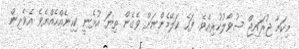
މިކަމާ ޖުރައިޖް ސުވާލުކުރިއެވެ. ފަހެ ކަލޭމެންނަށް ވެގެން ތިޔަ އުޅެނީ ކިހިނެއްހެއްޔެވެ އެވެރިން